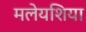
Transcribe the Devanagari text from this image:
मलेयशिया